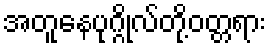
အတူနေပုဂ္ဂိုလ်တို့ဝတ္တရား